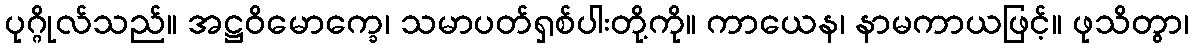
ပုဂ္ဂိုလ်သည်။ အဋ္ဌဝိမောက္ခေ၊ သမာပတ်ရှစ်ပါးတို့ကို။ ကာယေန၊ နာမကာယဖြင့်။ ဖုသိတွာ၊